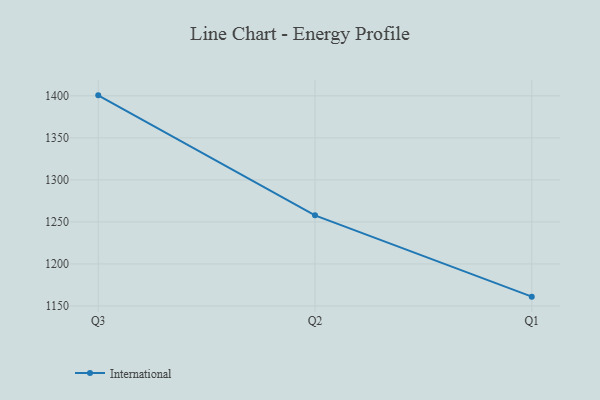
{"axis": {"x": "Quarter", "y": "Churn Rate (%)"}, "legend": ["International"], "data": [{"x": "Q3", "y": 1400.6, "type": "International"}, {"x": "Q2", "y": 1257.8, "type": "International"}, {"x": "Q1", "y": 1161.1, "type": "International"}]}